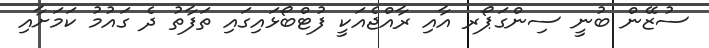
ސުޒޭން ބުނީ ސިންގަޕޯރ އާއި ރާއްޖެއަކީ ފުޓްބޯޅައިގައި ތަފާތު ދެ ގައުމު ކަމަށާއި